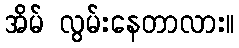
အိမ် လွမ်းနေတာလား။